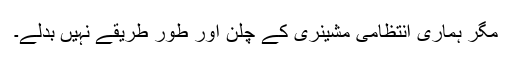
مگر ہماری انتظامی مشینری کے چلن اور طور طریقے نہیں بدلے۔